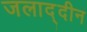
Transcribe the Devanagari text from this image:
जलाद्दीन